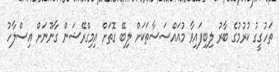
ތަހުގީގު ކުރުމުގެ ބާރު ލިބިފައިވާ މުއައްސަސާތަކަށް ލިބޭ ގޮތަށް އިމިގްރޭޝަން ގާނޫނަށް އިސްލާހު